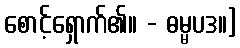
စောင့်ရှောက်၏။ - ဓမ္မပဒ။]